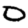
Digit: 0